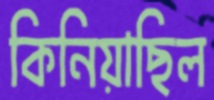
কিনিয়াছিল